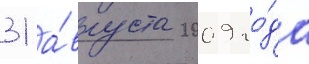
31 а́вгуста 2009 го́да